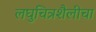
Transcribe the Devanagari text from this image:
लघुचित्रशैलीचा